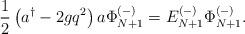
LaTeX: \begin{align*}{1\over 2} \left( a^\dagger - 2g q^2 \right) a \Phi_{N+1}^{(-)} = E_{N+1}^{(-)} \Phi_{N+1}^{(-)}. \end{align*}